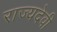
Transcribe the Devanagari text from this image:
राज्यदेवी